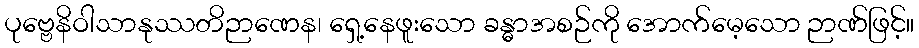
ပုဗ္ဗေနိဝါသာနုဿတိဉာဏေန၊ ရှေ့နေဖူးသော ခန္ဓာအစဉ်ကို အောက်မေ့သော ဉာဏ်ဖြင့်။